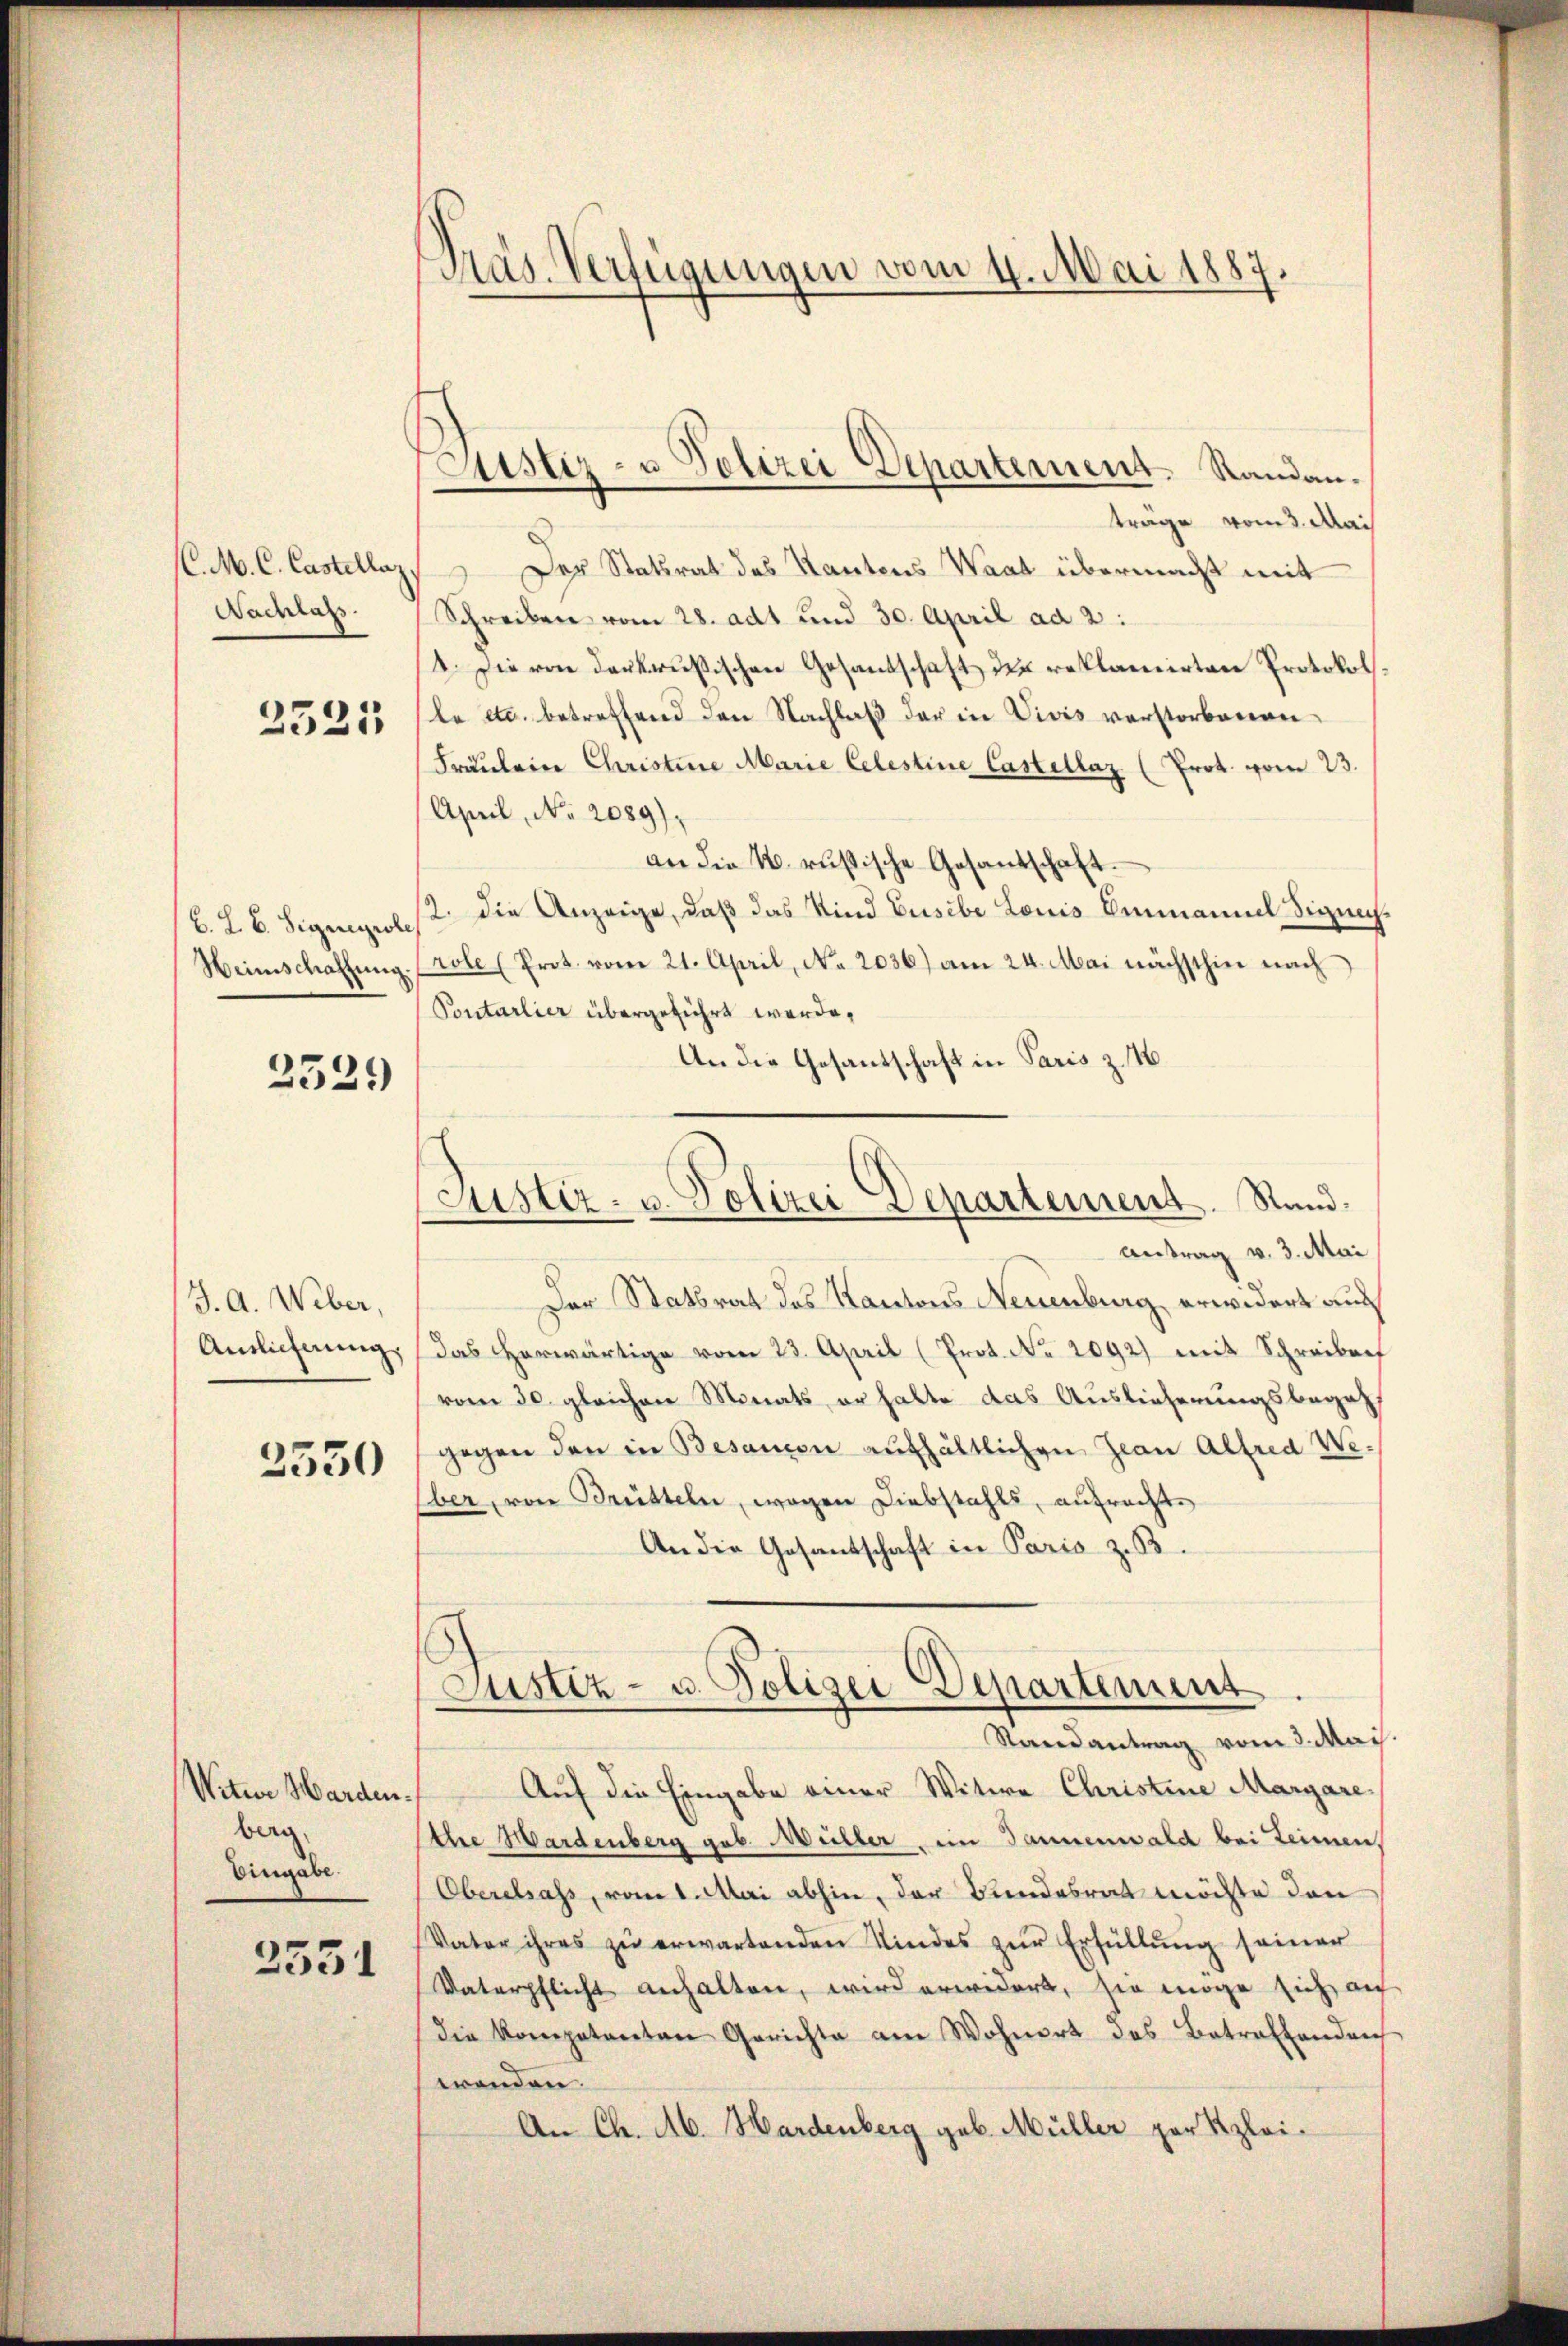
Nadas

2521

2329

J. A. Weber,
Antlicherung

3550

Witwe Harden.
berg.
Eingabe.

3551

Präs. Verfügungen vom 4. Mai 1887.

Justiz- u Polizei Departement Randan¬

träge vom 3. Mai
(l. M. C. Castellaz, Der Statsrat des Kantons Waat übermacht mit
Schreiben vom 28. adt und 30. April ad 2:
1. Die von derkrusischen Gesandschaft der reklamirten Protokoll.
le etc. betreffend den Nachlaß der in Vivis verstorbenen
Fräulein Christine Marie Celestine Castellaz (Prot. vom 23.
April, No 2089),
an die k. russische Gesantschaft.
B. L.B. Sigengelst die Anzeige, daß das Kind Gusibe Louis Emmannel Signach¬
Heimschaffŭng. (rote (Prot. vom 21. April, No. 2036) am 24. Mai nächsthin nach
Pontarlier übergeführt werde.
An die Gesandschaft in Paris z. 16

Justiz- u. Polizei Departement. Stand.

Antrag v. 3. Mai
Der Statsrat des Kantons Neuenburg, erwidert aus
Das herwärtige vom 23. April (Prot. No. 2092) mit Schreibref
vom 30. gleichen Monats, er hatte das Auslieferungsbegehgegen den in Besanon aufhältlichen Jean Alfred We¬
Eber, von Brütteln, wegen Diebstahls, anfracht,
An die Gesantschaft in Paris z. B.
Auf die Eingabe einer Witwe Christine Margare
Ihre Hardenberg geb. Müller im Tannenwald bei Leimen,
Oberalsass, vom 1. Mai abhin, der Bundesrat möchte den
Vater ihres zŭ erwartenden Kindes zur Erfüllung seiner
Vaterpflicht anhalten, wird erwidert, sie möge sich auf
die kompetenten Gerichte am Wohnert des Betrafandrec
wenden.
An Ch. M. Hardenberg geb. Müller par Klei¬

Justiz- u. Polizei Departement.
Randantrag vom 3. Mai.